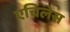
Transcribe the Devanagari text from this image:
एचिलेस